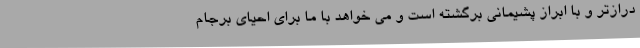
درازتر و با ابراز پشیمانی برگشته است و می خواهد با ما برای احیای برجام